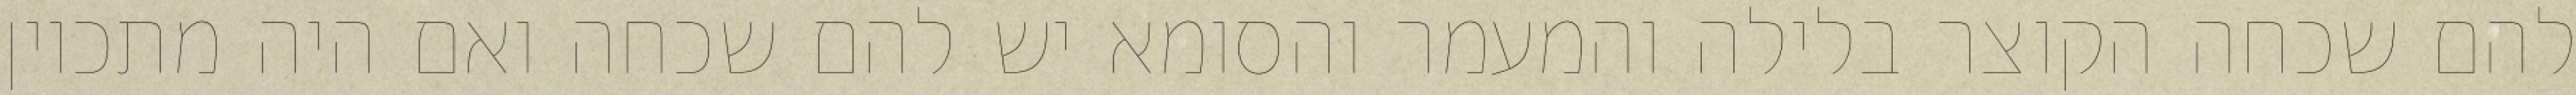
להם שכחה הקוצר בלילה והמעמר והסומא יש להם שכחה ואם היה מתכוין